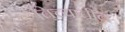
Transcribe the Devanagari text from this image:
तिच्‍यातील